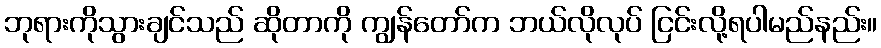
ဘုရားကိုသွားချင်သည် ဆိုတာကို ကျွန်တော်က ဘယ်လိုလုပ် ငြင်းလို့ရပါမည်နည်း။